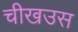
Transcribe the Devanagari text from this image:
चीखउस